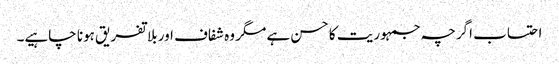
احتساب اگرچہ جمہوریت کا حسن ہے مگر وہ شفاف اور بلا تفریق ہونا چاہیے۔